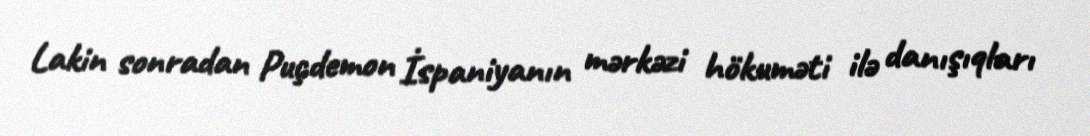
Lakin sonradan Puçdemon İspaniyanın mərkəzi hökuməti ilə danışıqları